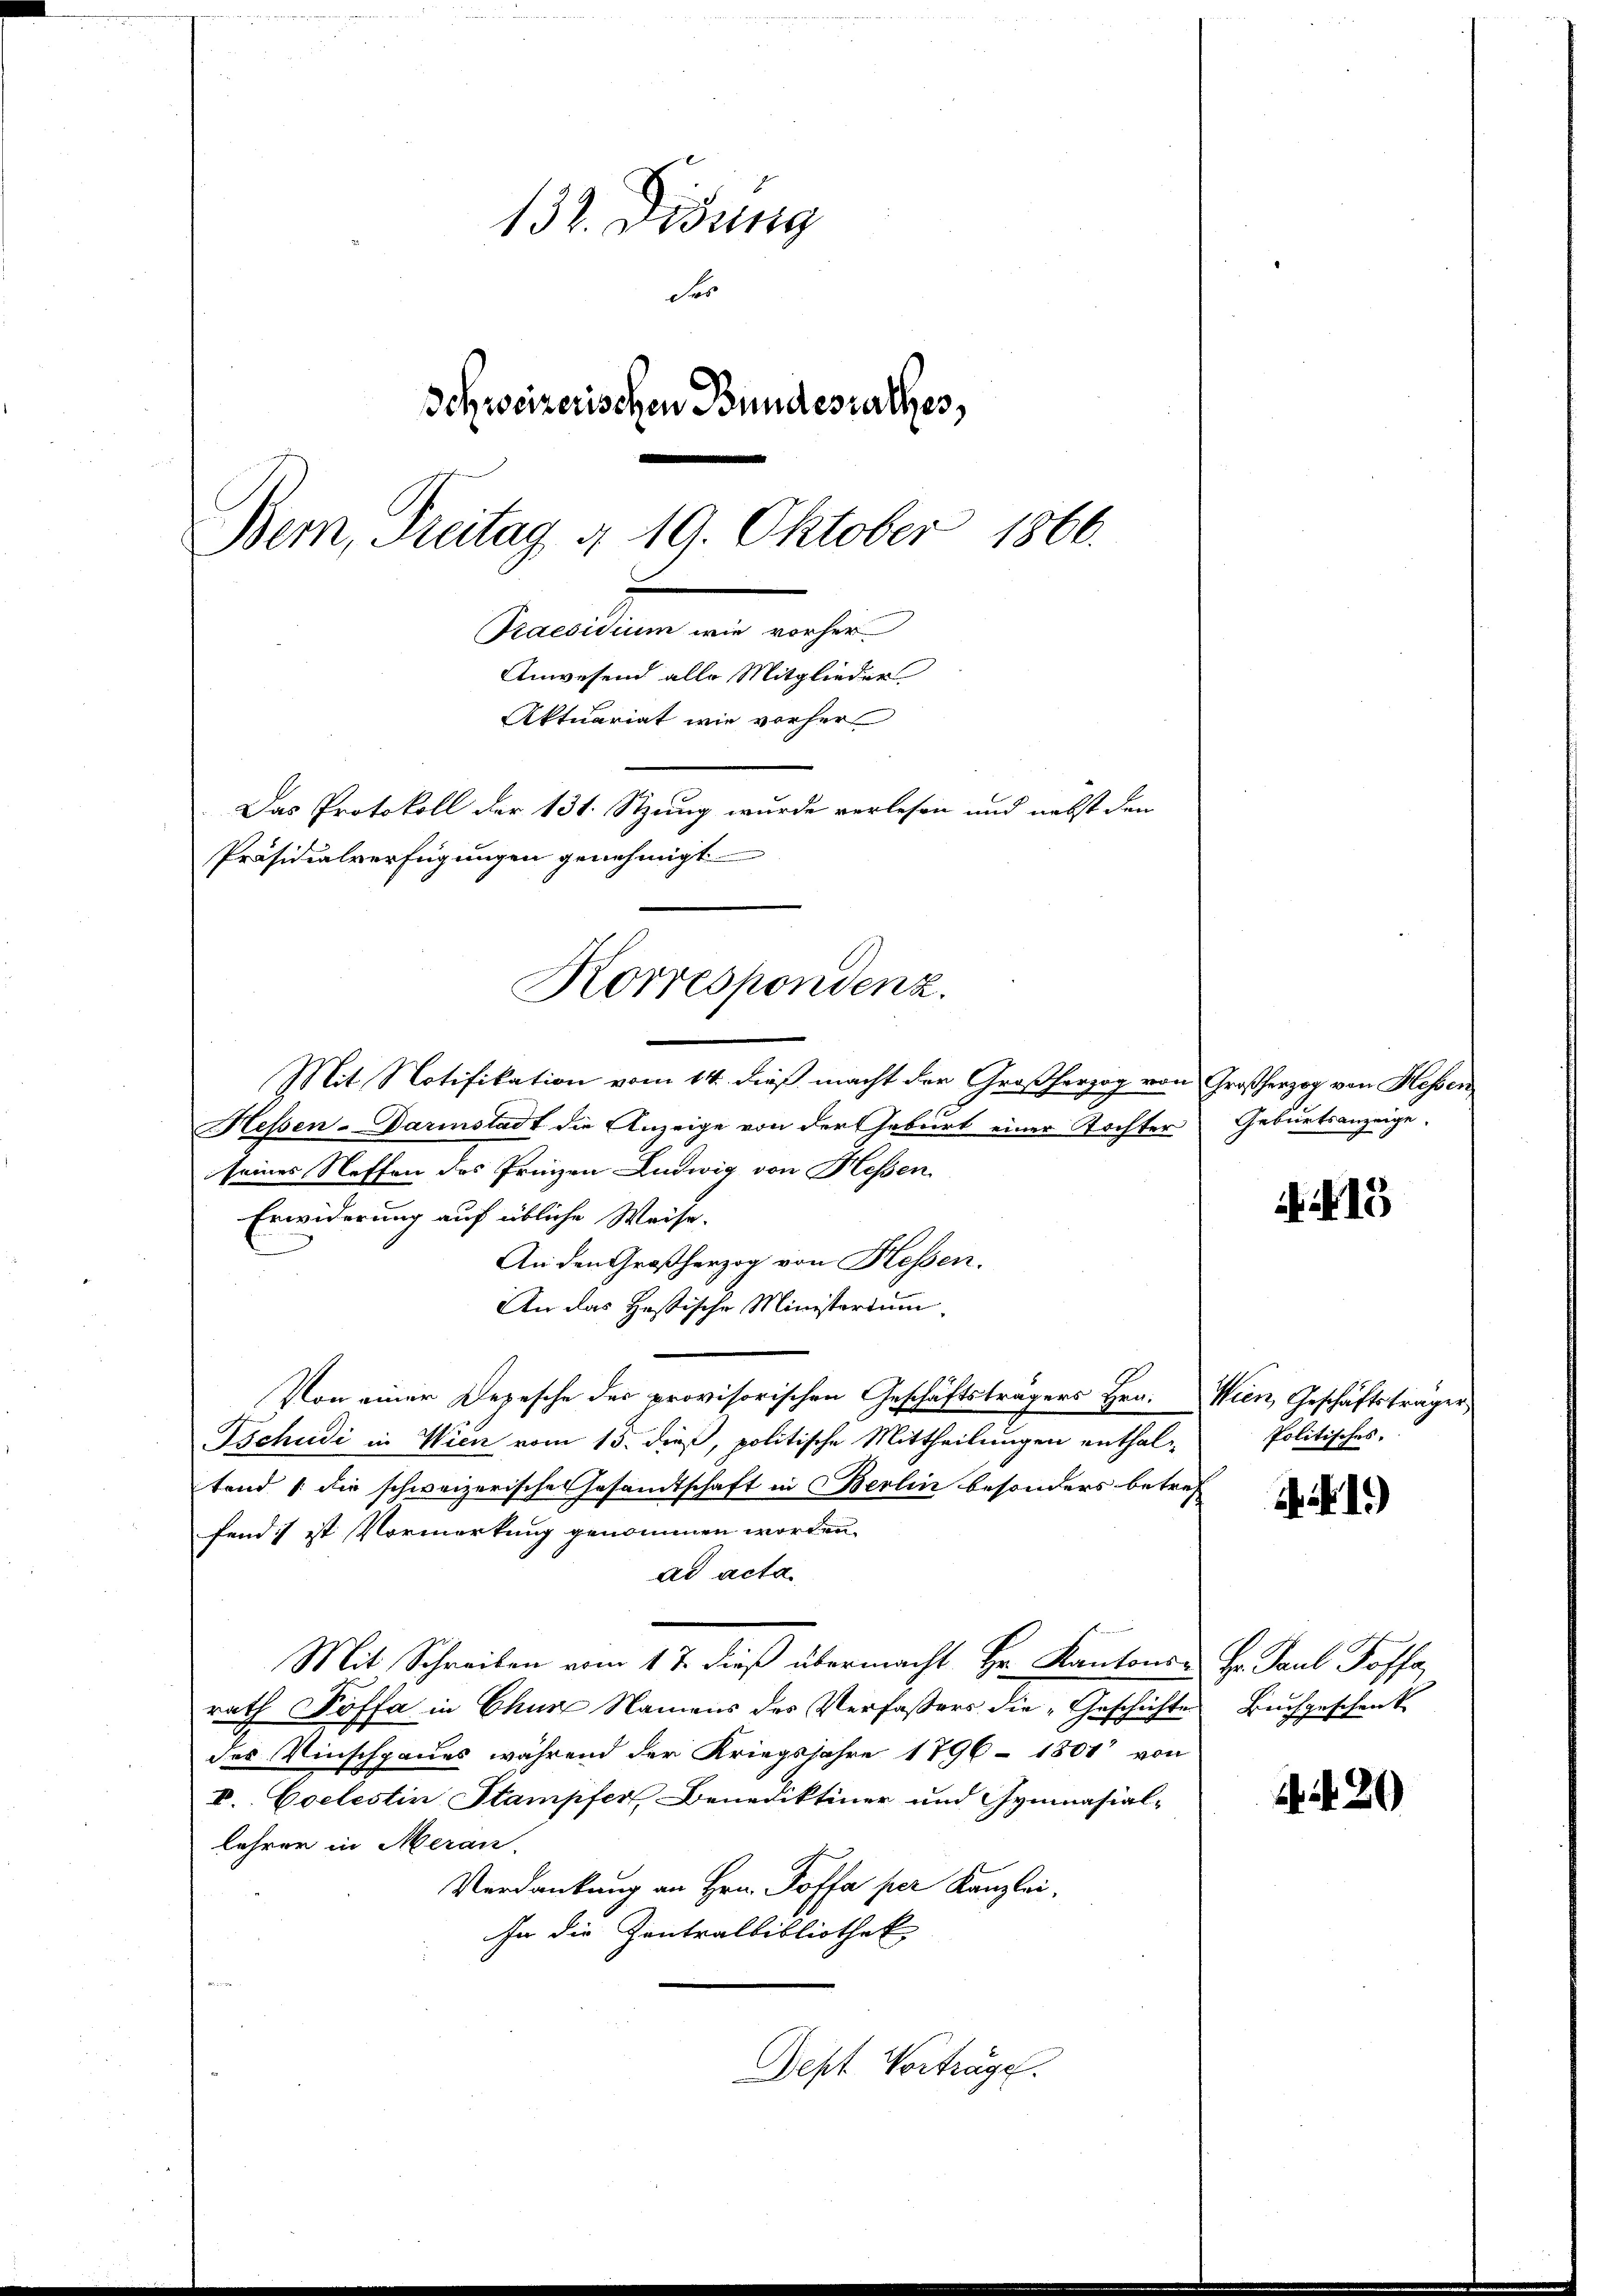
132. Didung
r
Schweizerischen Bundesrathes,
Bern, Freitag § 19. Oktober 1866.
.
Praesidium wie vorher
Anwesend alle Mitglieder
Aktuariat wie vorher
Das Protokoll der 131. Stzung wurde verlesen und nebst den
Präsidialverfügungen genehmigt

Mit Notifikation vom 14. dieß macht der Großherzog von Großherzog von Hessen
Hessen-Darinstadt die Anzeige von der Geburt einer Tochter
seines Neffen des Prinzen Ludwig von Hessen
Erwiderung auf übliche Weise.
An den Großherzog von Hessen.
An das Hastische Ministerium.
Von einer Depesche der provisorischen Geschäftsträgers Hrn. Wien, Geschäftsträger
Tschudi in Wien vom 15. dieß, politische Mittheilungen enthaltend die schweizerische Gesandtschaft in Berlin besonders betref
fend ist Vormerkung genommen worden.
ad acta.
Mit Schreiben vom 17. dieß übermacht Hr. Kantons- Hr. Paul Koffe
rath Koffe in Chur Namens des Verfaßers die „Geschichtes Beichgeschenk
des Winschpaues während der Kriegsjahre 1796 - 1801 von
V. Coelestin Stampfer Benediktiner und Gymnasial-
lehrer in Meran.
Verdankung an Hrn. Poffa per Kanzlei.
In die Zentralbibliothek
Dept Vorträge.

Korrespondenz.

Geburtsanzeige.

N. 15

Politisches.

AI.)

A 20